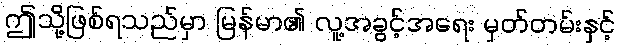
ဤသို့ဖြစ်ရသည်မှာ မြန်မာ၏ လူ့အခွင့်အရေး မှတ်တမ်းနှင့်